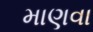
માણવા